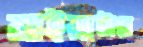
মাইয়্যাটারে